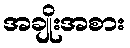
အချိုးအစား